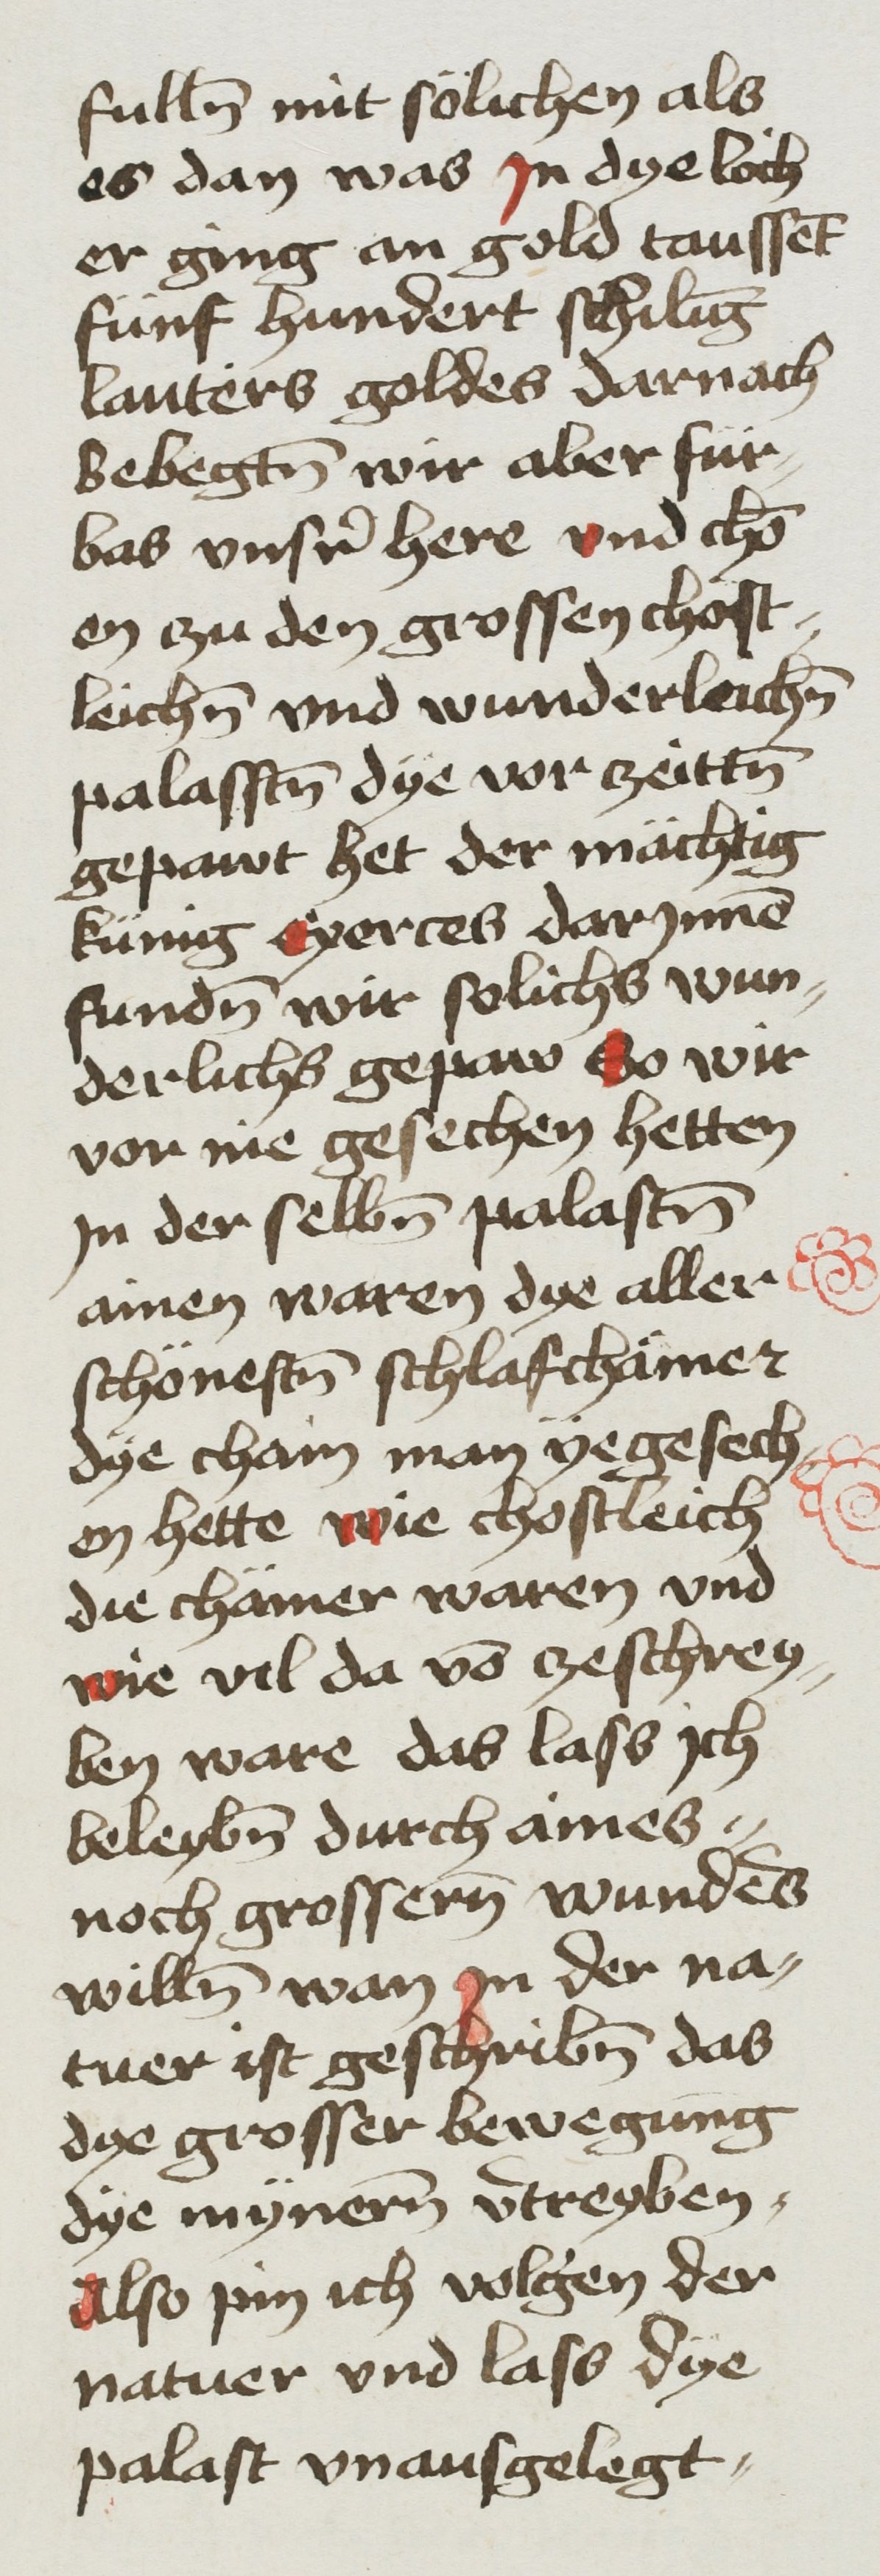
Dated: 1468–1468